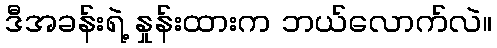
ဒီအခန်းရဲ့ နှုန်းထားက ဘယ်လောက်လဲ။